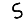
Digit: 5